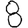
Digit: 8